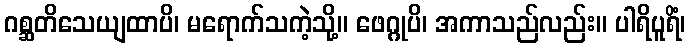
ဂစ္ဆတိသေယျထာပိ၊ မရောက်သကဲ့သို့။ ဖေဂ္ဂုပိ၊ အကာသည်လည်း။ ပါရိပူရိံ၊